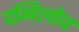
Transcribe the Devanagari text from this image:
दनिलोव